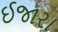
ઈજારા